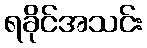
ရခိုင်အသင်း